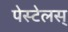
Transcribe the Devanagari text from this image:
पेस्टेलस्